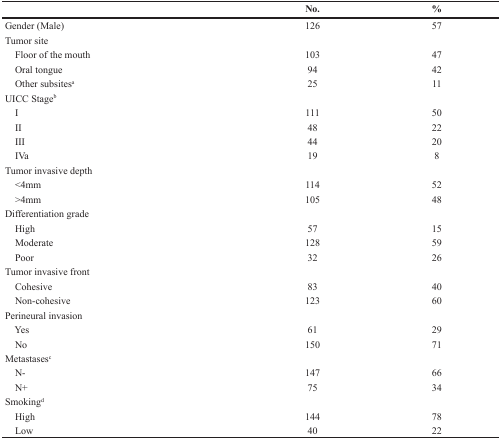
<table><thead><tr><td></td><td><b>No.</b></td><td><b>%</b></td></tr></thead><tbody><tr><td>Gender (Male)</td><td>126</td><td>57</td></tr><tr><td colspan="3">Tumor site</td></tr><tr><td> Floor of the mouth</td><td>103</td><td>47</td></tr><tr><td> Oral tongue</td><td>94</td><td>42</td></tr><tr><td> Other subsites<sup>a</sup></td><td>25</td><td>11</td></tr><tr><td colspan="3">UICC Stage<sup>b</sup></td></tr><tr><td> I</td><td>111</td><td>50</td></tr><tr><td> II</td><td>48</td><td>22</td></tr><tr><td> III</td><td>44</td><td>20</td></tr><tr><td> IVa</td><td>19</td><td>8</td></tr><tr><td colspan="3">Tumor invasive depth</td></tr><tr><td> &lt;4mm</td><td>114</td><td>52</td></tr><tr><td> &gt;4mm</td><td>105</td><td>48</td></tr><tr><td colspan="3">Differentiation grade</td></tr><tr><td> High</td><td>57</td><td>15</td></tr><tr><td> Moderate</td><td>128</td><td>59</td></tr><tr><td> Poor</td><td>32</td><td>26</td></tr><tr><td colspan="3">Tumor invasive front</td></tr><tr><td> Cohesive</td><td>83</td><td>40</td></tr><tr><td> Non-cohesive</td><td>123</td><td>60</td></tr><tr><td colspan="3">Perineural invasion</td></tr><tr><td> Yes</td><td>61</td><td>29</td></tr><tr><td> No</td><td>150</td><td>71</td></tr><tr><td colspan="3">Metastases<sup>c</sup></td></tr><tr><td> N-</td><td>147</td><td>66</td></tr><tr><td> N+</td><td>75</td><td>34</td></tr><tr><td colspan="3">Smoking<sup>d</sup></td></tr><tr><td> High</td><td>144</td><td>78</td></tr><tr><td> Low</td><td>40</td><td>22</td></tr></tbody></table>